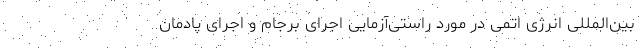
بین‌المللی انرژی اتمی در مورد راستی‌آزمایی اجرای برجام و اجرای پادمان